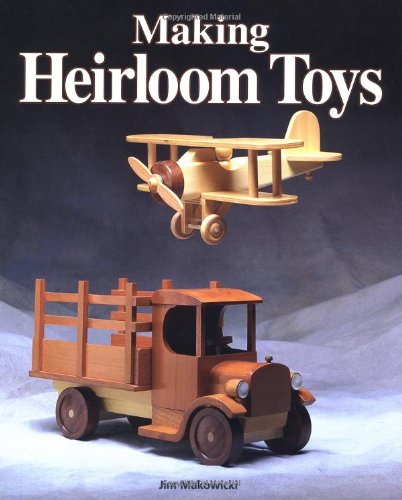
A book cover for Making Heirloom Toys; Jim Makowicki; Crafts, Hobbies & Home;